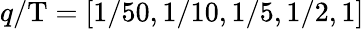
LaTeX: q/\mathrm{T}=[1/50,1/10,1/5,1/2,1]